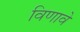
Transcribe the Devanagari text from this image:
विणावे